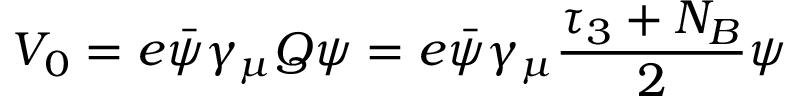
V _ { 0 } = e \bar { \psi } \gamma _ { \mu } Q \psi = e \bar { \psi } \gamma _ { \mu } \frac { \tau _ { 3 } + N _ { B } } { 2 } \psi